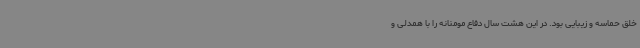
خلق حماسه و زیبایی بود. در این هشت سال دفاع مومنانه را با همدلی و